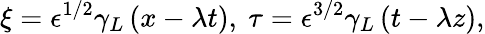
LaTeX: \xi=\epsilon^{1/2}\gamma_{L}\left(x-\lambda t\right),~\tau=\epsilon^{3/2}\gamma_{L}\left(t-\lambda z\right),